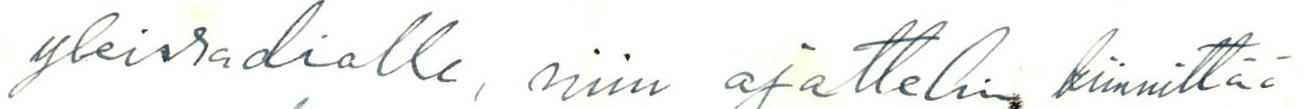
yleisradiolle, niin ajattelin kiinnittää